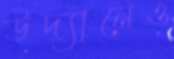
উদ্যানেও